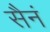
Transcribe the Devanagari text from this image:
सैनं